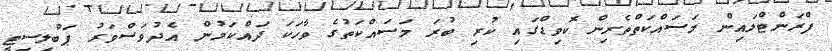
ފްރަންޓްލައިން މަސައްކަތްތެރިން ކޮވިޑްގައި ކުރި ބުރަ މަސައްކަތުގެ ވާހަކަ ދައްކަމުން އެދުވަސްވަރު ޕަބްލިސިޓީ